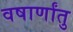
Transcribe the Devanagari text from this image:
वषार्णांतु